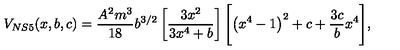
V _ { N S 5 } ( x , b , c ) = \frac { A ^ { 2 } m ^ { 3 } } { 1 8 } b ^ { 3 / 2 } \left[ \frac { 3 x ^ { 2 } } { 3 x ^ { 4 } + b } \right] \Biggl [ \left( x ^ { 4 } - 1 \right) ^ { 2 } + c + \frac { 3 c } { b } x ^ { 4 } \Biggr ] ,